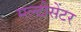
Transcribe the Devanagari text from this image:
मल्टीसेंटर